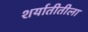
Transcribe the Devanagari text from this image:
शर्यातीतीला